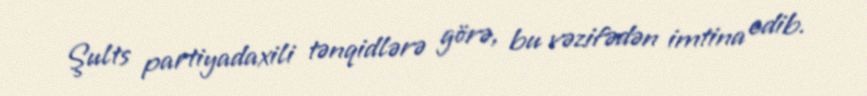
Şults partiyadaxili tənqidlərə görə, bu vəzifədən imtina edib.